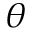
\theta